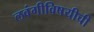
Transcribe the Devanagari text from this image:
लवंगीविषयीची